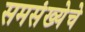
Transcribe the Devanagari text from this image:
समसंख्येचे